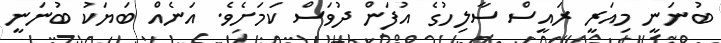
ބުނަނީ މިއަރީ ރައީސް ސާލިހުގެ އުފަން ދުވަސް ކަމަށެވެ. އަނެއް ބަޔަކު ބުނަނީ